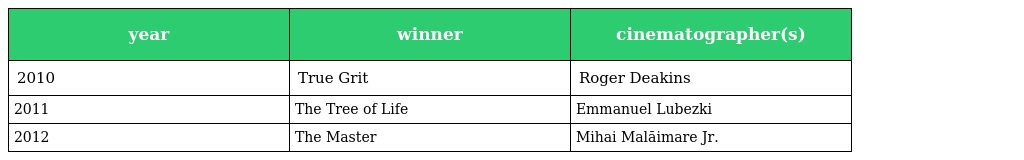
| year | winner | cinematographer(s) |
 | --- | --- | --- |
 | 2010 | True Grit | Roger Deakins |
 | 2011 | The Tree of Life | Emmanuel Lubezki |
 | 2012 | The Master | Mihai Malăimare Jr. |